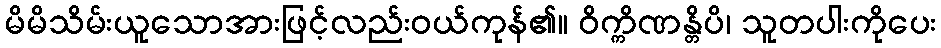
မိမိသိမ်းယူသောအားဖြင့်လည်းဝယ်ကုန်၏။ ဝိက္ကိဏန္တိပိ၊ သူတပါးကိုပေး